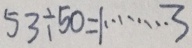
5 3 \div 5 0 = 1 \cdots 3